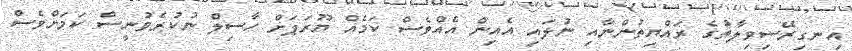
އިނގިރޭސިވިލާތުގެ ރައްޔިތުންނާއި ނުލައި އެއިން އެއްވެސް ކަމެއް ޔޫރަޕަށް ހާސިލް ނުކުރެވުނީސް ކަމަށްވެސް